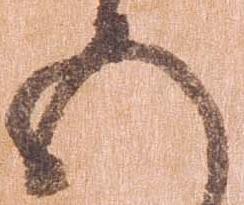
五